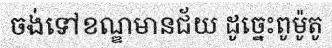
ចង់ទៅខណ្ឌមានជ័យ ដូច្នេះពូម៉ូតូ